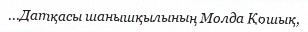
...Датқасы шанышқылының Молда Қошық,